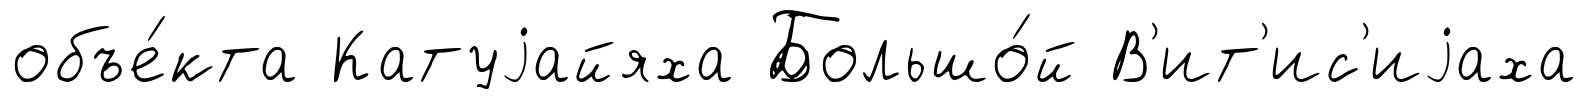
объе́кта Катуjайяха Большо́й В'ит'ис'иjаха